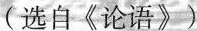
（选自《论语》）